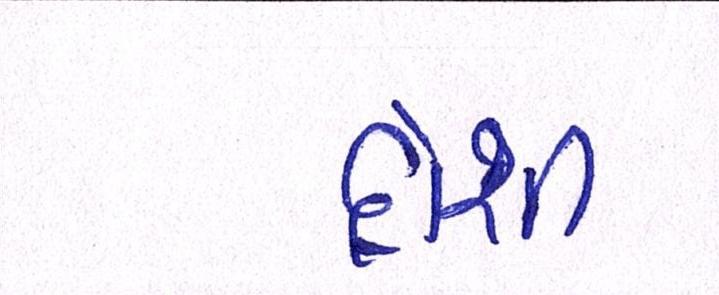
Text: દોશી